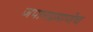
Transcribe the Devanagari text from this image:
जपानप्रमाणेच